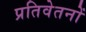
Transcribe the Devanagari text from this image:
प्रतिवेतनों